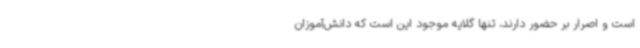
است و اصرار بر حضور دارند، تنها گلایه موجود این است که دانش‌آموزان